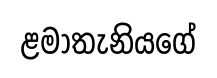
ළමාතැනියගේ